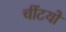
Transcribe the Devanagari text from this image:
चींटयों